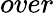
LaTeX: over